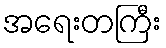
အရေးတကြီး